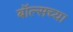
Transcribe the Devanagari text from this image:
बॉल्सच्या